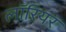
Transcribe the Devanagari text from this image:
लॉरियर